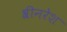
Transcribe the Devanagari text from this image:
श्रीनरेश